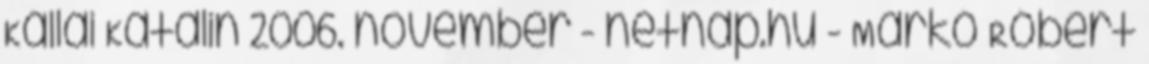
Kállai Katalin 2006. november - netnap.hu - Markó Róbert